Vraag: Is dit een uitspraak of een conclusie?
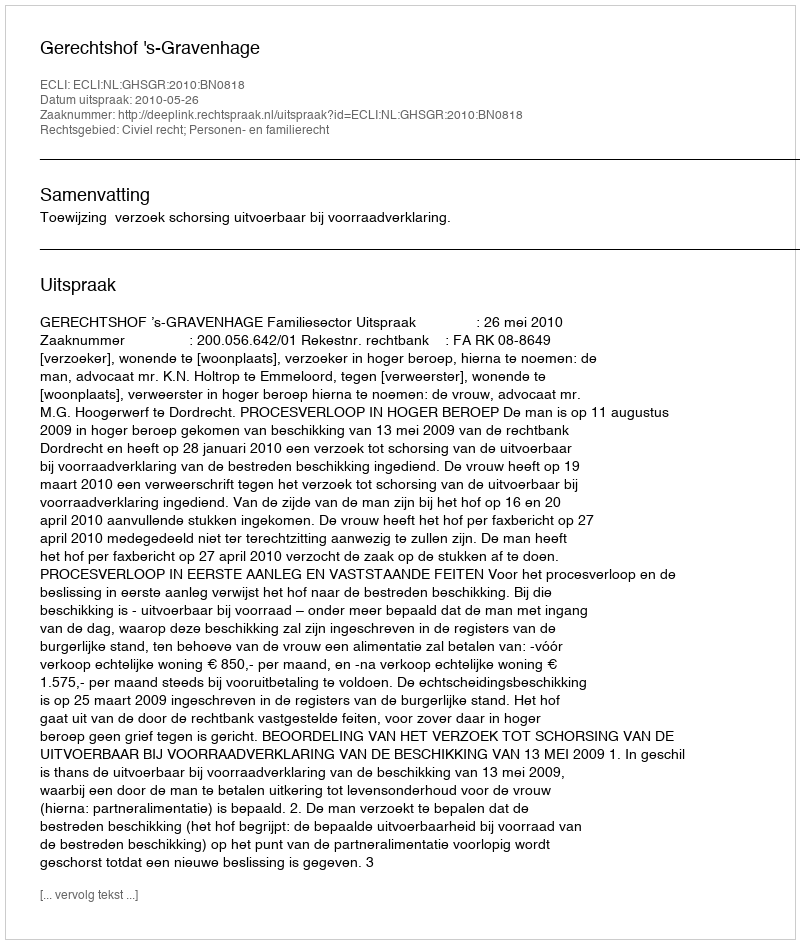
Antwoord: Uitspraak